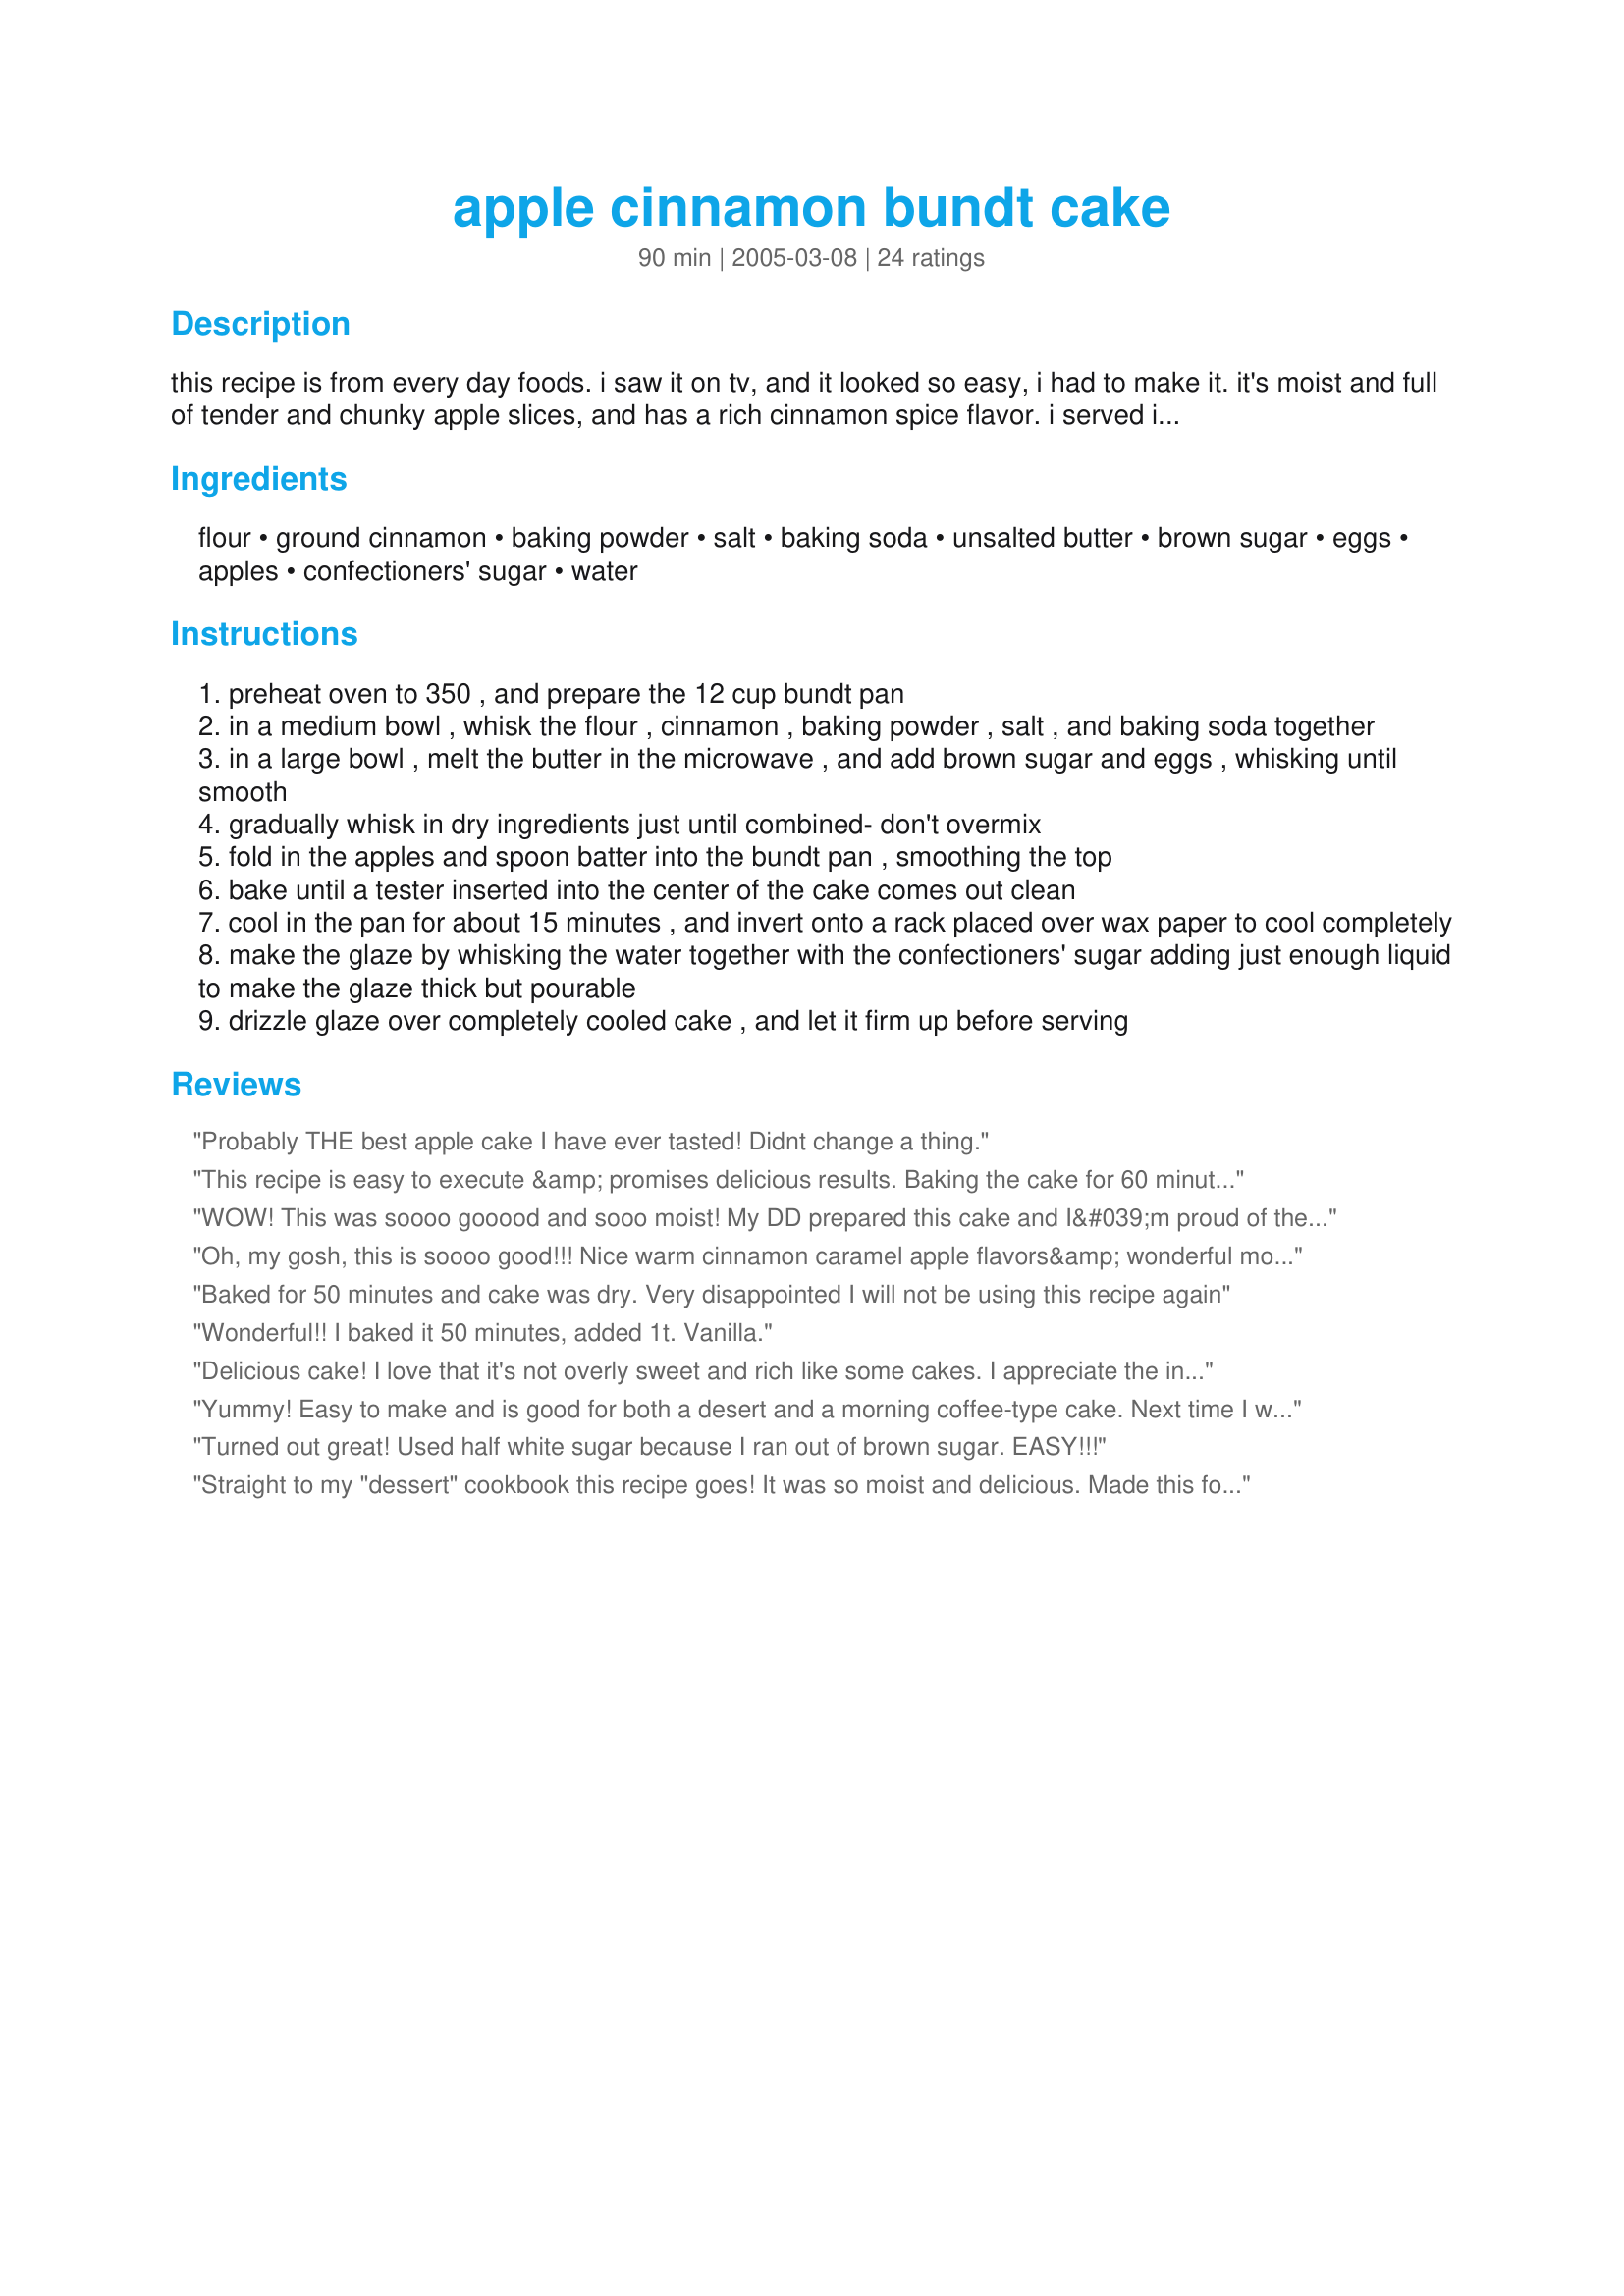
apple cinnamon bundt cake
Preparation time: 90 minutes

this recipe is from every day foods. i saw it on tv, and it looked so easy, i had to make it. it's moist and full of tender and chunky apple slices, and has a rich cinnamon spice flavor. i served it still warm with a scoop of vanilla ice cream. wow! be sure to serve within the first day or two, as the apples will break down.

Ingredients:
flour, ground cinnamon, baking powder, salt, baking soda, unsalted butter, brown sugar, eggs, apples, confectioners' sugar, water

Steps:
preheat oven to 350 , and prepare the 12 cup bundt pan
in a medium bowl , whisk the flour , cinnamon , baking powder , salt , and baking soda together
in a large bowl , melt the butter in the microwave , and add brown sugar and eggs , whisking until smooth
gradually whisk in dry ingredients just until combined- don't overmix
fold in the apples and spoon batter into the bundt pan , smoothing the top
bake until a tester inserted into the center of the cake comes out clean
cool in the pan for about 15 minutes , and invert onto a rack placed over wax paper to cool completely
make the glaze by whisking the water together with the confectioners' sugar adding just enough liquid to make the glaze thick but pourable
drizzle glaze over completely cooled cake , and let it firm up before serving

Reviews:
Probably THE best apple cake I have ever tasted! Didnt change a thing.
This recipe is easy to execute &amp; promises delicious results. Baking the cake for 60 minutes worked well for me, but I had abundant moisture from my apples. Also, this recipe is forgiving if you choose to make minor changes. Like another baker, I chose to use dark brown sugar. I also made an adjustment to the icing recipe, by using a caramel icing. The next time I make this (and I will), I plan to back off on the apples and try adding sliced almonds or chopped walnuts. I think that rum extract would be also interesting. Thank-you, PanNan for sharing this tasty recipe! Five stars!
WOW! This was soooo gooood and sooo moist! My DD prepared this cake and I&#039;m proud of the result! She used fresh apples from the garden. A the mixture was ready to be filled, I though that the mold was too small, so we prepared 6 medium muffins as well (cooking time 25 minutes). Cake and muffins turned out well. For the glaze I used a simple brandy instead of water... yummy! Made for Culinary Quest 2014
Oh, my gosh, this is soooo good!!! Nice warm cinnamon caramel apple flavors&amp; wonderful moist cake. I brought this to work this morning, one of my van pool friends went crazy over it, and it was half gone 5 minutes after I put it in the break room - the office looked empty but the heavenly smell drew people in! Several of us officially declared it fall after eating this :) Thanks Nan for sharing!!!! Made for the Cruisin Culinary Queens for the 2014 Culinary Quest
Baked for 50 minutes and cake was dry. Very disappointed I will not be using this recipe again
Wonderful!! I baked it 50 minutes, added 1t. Vanilla.
Delicious cake! I love that it's not overly sweet and rich like some cakes. I appreciate the info. in the directions letting us know that the batter will look like peanut butter coated apples! I would've been a little concerned if not for the warning. It baked up beautifully! Thanks for posting.
Yummy! Easy to make and is good for both a desert and a morning coffee-type cake. Next time I will skip the glaze and just sprinkle a little powdered sugar over it. Thanks for posting.
Turned out great! Used half white sugar because I ran out of brown sugar. EASY!!!
Straight to my "dessert" cookbook this recipe goes! It was so moist and delicious. Made this for dinner last nite and both daughter & DIL wanted the recipe. The cake is not sickening sweet (which I love) and made for a nice breakfast this morning with my java. Made for ZWT4.
Ok this recipe i am going to have to try again! because with all the great reviews i must have done something wrong .... my cake came out kinda dry im not sure if maybe i over baked it not sure what happened but before i give an accurate rating i need to re make it! lol...ill keep you posted *UPDATE* had a piece the next day an believe it or not it wasnt as dry lol dont know what happened but it was much better the second day! i am still gonna try this recipe again!
This cake is very moist. It is deceptive during mixing because it appears to thick. But.... it came out moist and delicious. The bundt pan that I have is not very deep so I had to split it with a loaf pan. Both turned out wonderfully
Easy recipe to follow. My cake would have turned out better if I baked for 50 minutes, instead of an hour. Also, I was a little too excited to eat it, and didn't allow for a cool down prior to inverting the Bundt pan, so it didn't look as pretty as I would have liked it to be. But it still tasted good. I skipped out on the glaze and used powered sugar on top.
This was simple and yummy!! I actually made this for my son's Johnny Appleseed Party at school and got rave reviews! Thanks!
This was delightful, and different from most apple cakes. I especially liked that the directions were so spot-on, as the batter does have a peanut butter-like consistency. This cooked for less than an hour (more like 50 minutes) so pay attention. It was sweet enough, so I didn&#039;t have the heart to add the glaze. It certainly didn&#039;t need it. The wonderful flavor of the cake stands on its own. Made for Culinary Quest 2014.
Yummy! Thank you PanNan for posting this cake recipe. Very moist cake loved the apples!
Turned out perfectly after 50minutes in oven. Used tart/sour cooking apples (as we call them in Ireland). Fabulous taste and texture. Will add teaspoon vanilla extract next time. Halved amount of cinnamon as thought it may be overpowering, will add a little more next time. Will definitely make again! Thank you for this lovely recipe.
Delicious! I made the cake as directed and it was perfect. I did not have enough icing sugar to make the glaze so I just sprinkled some ont op and the cake was so moist it did not need anything else. My four year old son helped me cut the apples. I have added this to my "best bundts" cookbook, Thanks for sharing!
I tried this yesterday and it was delicious. The glaze I did different. I used milk in place of water and added 2 teaspoons of almond extract (because I couldn’t reach vanilla.) Almond turned out delicious! Thank you for posting this!
Really delicious and a big hit at the office Halloween party! First time I’ve cooked with apples, too!
I saw this on TV too an made it, it was yummmy, but I think I might use one less apple next time. But it was really good!
Wonderful, easy cake, full of apples! I don't even peel the apples, I just slice them thin, and you can't tell-added fiber and vitamins! Anniek36, maybe you didn't use two sticks of butter? I almost made that mistake when I read the recipe the first time! :) Try this one-it's a great recipe, and you don't even need to use a mixer! The two sticks of butter and the four eggs make it taste like caramel, cinnamon and apples! Perfect!
Very good and moist. Will serve with a drizzle of icing sugar and will certainly make again
I made this for brunch and it was a huge hit. I used fresh-picked Rubinette apples from our own tree, and I chose to shred/grate them rather than have apple chunks in the cake. I also added a tablespoon of Tahitian vanilla extract to the batter. After the cake had cooled, I brushed it twice with Grand Marnier and let it chill in the refrigerator overnight. The next morning I glazed it using Calvados (instead of water) mixed with confectioner&#039;s sugar. I candied several small Rubinettes to garnish. I am making it again today!
